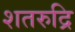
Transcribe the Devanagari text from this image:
शतरुद्रि